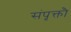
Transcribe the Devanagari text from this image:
संपृक्तौ